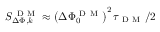
S _ { \Delta \Phi , k } ^ { \mathrm { ~ D ~ M ~ } } \approx \left( \Delta \Phi _ { 0 } ^ { \mathrm { ~ D ~ M ~ } } \right) ^ { 2 } \tau _ { \mathrm { ~ D ~ M ~ } } / 2